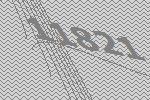
11821